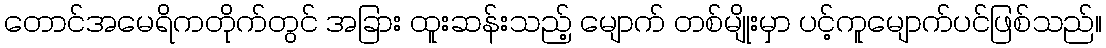
တောင်အမေရိကတိုက်တွင် အခြား ထူးဆန်းသည့် မျောက် တစ်မျိုးမှာ ပင့်ကူမျောက်ပင်ဖြစ်သည်။